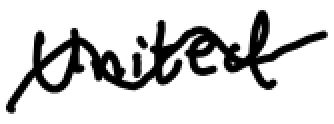
Text: United
Cross-out: wave
Writing tool: digital_black